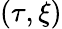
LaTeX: (\tau,\xi)